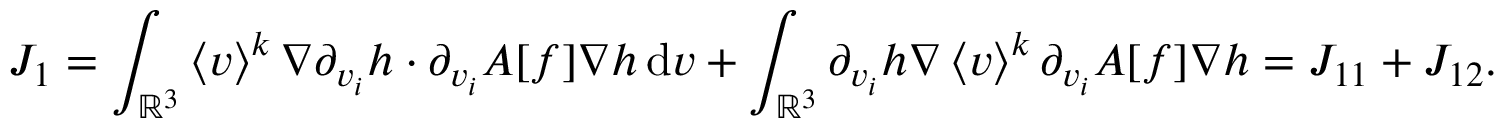
J _ { 1 } = \int _ { \ensuremath { { \mathbb R } } ^ { 3 } } \left\langle v \right\rangle ^ { k } \nabla \partial _ { v _ { i } } h \cdot \partial _ { v _ { i } } A [ f ] \nabla h \, \mathrm { d } v + \int _ { \ensuremath { { \mathbb R } } ^ { 3 } } \partial _ { v _ { i } } h \nabla \left\langle v \right\rangle ^ { k } \partial _ { v _ { i } } A [ f ] \nabla h = J _ { 1 1 } + J _ { 1 2 } .